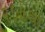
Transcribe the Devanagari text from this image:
२०७वां